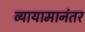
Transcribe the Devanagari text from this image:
व्यायामानंतर